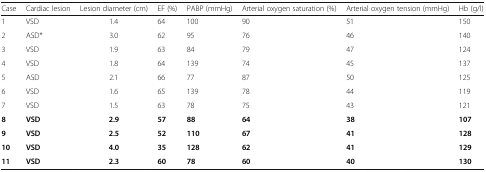
| Case | Cardiac lesion | Lesion diameter (cm) | EF (%) | PABP (mmHg) | Arterial oxygen saturation (%) | Arterial oxygen tension (mmHg) | Hb (g/l) |
 | --- | --- | --- | --- | --- | --- | --- | --- |
 | 1 | VSD | 1.4 | 64 | 100 | 90 | 51 | 150 |
 | 2 | ASD* | 3.0 | 62 | 95 | 76 | 46 | 140 |
 | 3 | VSD | 1.9 | 63 | 84 | 79 | 47 | 124 |
 | 4 | VSD | 1.8 | 64 | 139 | 74 | 45 | 137 |
 | 5 | ASD | 2.1 | 66 | 77 | 87 | 50 | 125 |
 | 6 | VSD | 1.6 | 65 | 139 | 78 | 44 | 119 |
 | 7 | VSD | 1.5 | 63 | 78 | 75 | 43 | 121 |
 | 8 | VSD | 2.9 | 57 | 88 | 64 | 38 | 107 |
 | 9 | VSD | 2.5 | 52 | 110 | 67 | 41 | 128 |
 | 10 | VSD | 4.0 | 35 | 128 | 62 | 41 | 129 |
 | 11 | VSD | 2.3 | 60 | 78 | 60 | 40 | 130 |